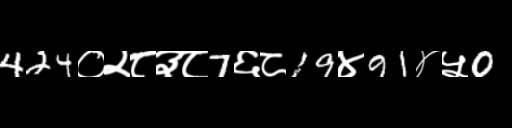
Text: 424०२८३८7६८19४91४५0